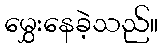
မွှေးနေခဲ့သည်။